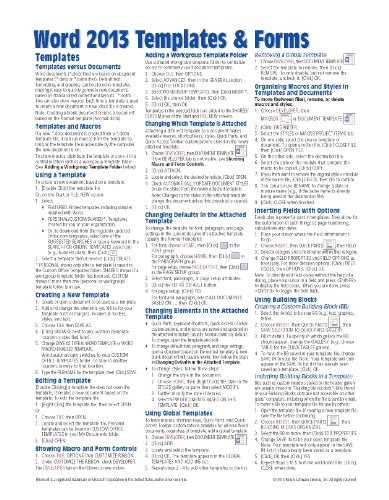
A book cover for Microsoft Word 2013 Templates & Forms Quick Reference Guide (Cheat Sheet of Instructions, Tips & Shortcuts - Laminated Card); Beezix Inc.; Computers & Technology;